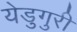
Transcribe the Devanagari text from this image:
येडुगुरी